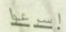
اسرعوا